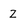
Character: Z